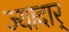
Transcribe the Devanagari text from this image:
ज्यादार्